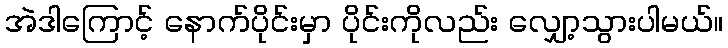
အဲဒါကြောင့် နောက်ပိုင်းမှာ ပိုင်းကိုလည်း လျှော့သွားပါမယ်။